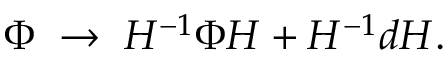
\Phi \; \rightarrow \; H ^ { - 1 } \Phi H + H ^ { - 1 } d H .